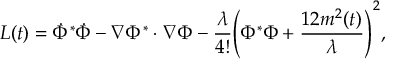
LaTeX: { \cal L } ( t ) = \dot { \Phi } ^ { * } \dot { \Phi } - \nabla \Phi ^ { * } \cdot \nabla \Phi - \frac { \lambda } { 4 ! } \Biggl ( \Phi ^ { * } \Phi + \frac { 1 2 m ^ { 2 } ( t ) } { \lambda } \Biggr ) ^ { 2 } ,